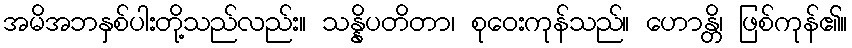
အမိအဘနှစ်ပါးတို့သည်လည်း။ သန္နိပတိတာ၊ စုဝေးကုန်သည်။ ဟောန္တိ၊ ဖြစ်ကုန်၏။